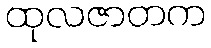
ထုလဇာတက